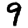
Digit: 9